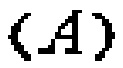
$(A)$